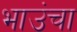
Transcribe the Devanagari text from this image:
भाउंचा